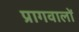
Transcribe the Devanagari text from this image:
प्रागवालों